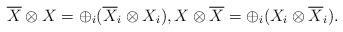
LaTeX: \begin{align*}\overline{X} \otimes X = \oplus_i (\overline{X}_i \otimes X_i), X \otimes \overline{X} = \oplus_i (X_i \otimes \overline{X}_i). \end{align*}